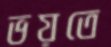
ভয়তে